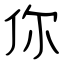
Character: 你